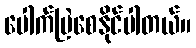
ပေါက်ပြဲစေနိုင်ပါတယ်။